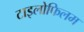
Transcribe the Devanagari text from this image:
टाइलोफिलम